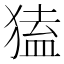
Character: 𤠡